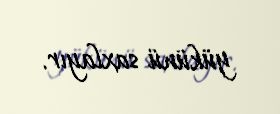
yükünü saxlayır.